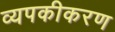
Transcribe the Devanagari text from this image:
व्यपकीकरण